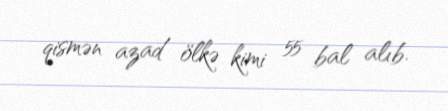
qismən azad ölkə kimi 55 bal alıb.